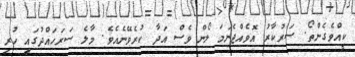
ކީއްވެގެންތޯ. ސަރުކާރު އޮވެއްޖެނަމަ ލޯން ވެސް އަދާ ކުރެވޭނެއެވެ. މާލެ ސަރަހައްްދުގައި ހުރި